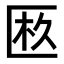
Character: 𠥂